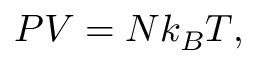
\displaystyle P V = N k _ { B } T ,